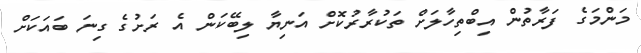
މަންމަގެ ފަރާތުން އިބްތިހާލަށް ތަކުރާރުކޮށް އަނިޔާ ލިބޭކަން އެ ރަށުގެ ގިނަ ބައަކަށް